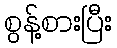
စွန့်စားပြီး